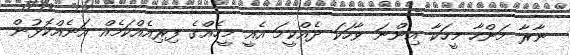
ނާރާ މަންހާ މީހަކާ އިންނަ ވާހަކަ ދެއްކީމަ އެއީ މީހެއްގެ ފިރިއެއްކަމެއް އަނެއްކޮޅުން